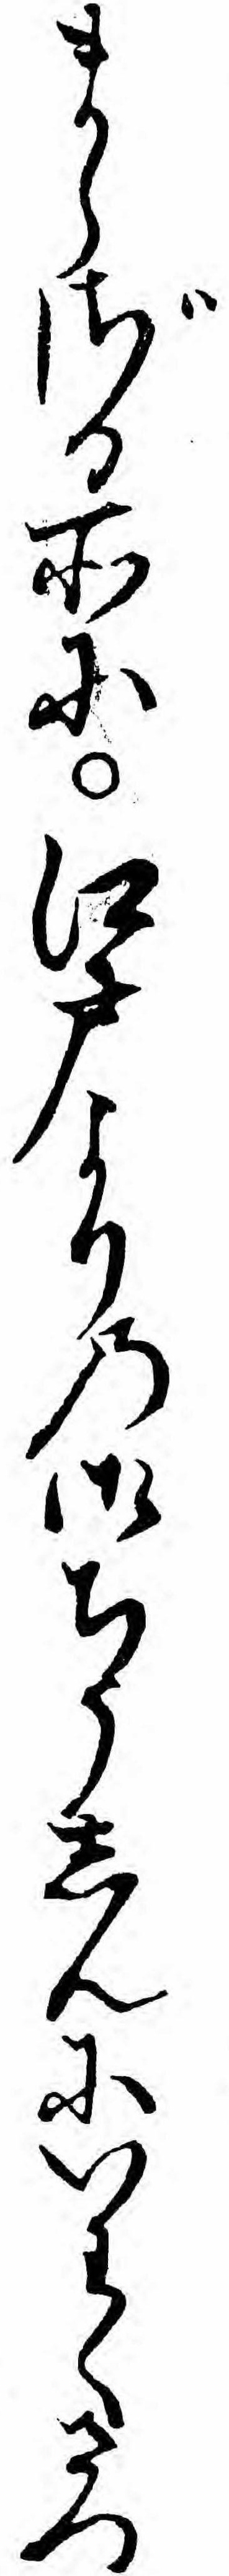
まらざる所に江戸よりの御ちうしんにいわくさつ